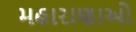
મહારાણાઓ